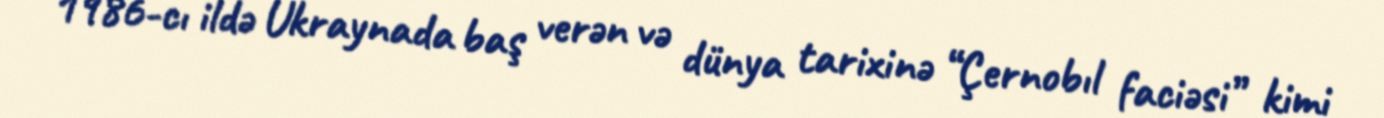
1986-cı ildə Ukraynada baş verən və dünya tarixinə “Çernobıl faciəsi” kimi